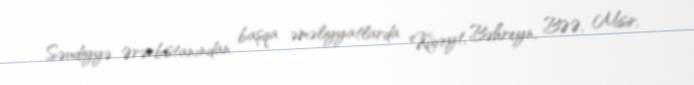
Səudiyyə Ərərbistanından başqa əməliyyatlarda Küveyt, Bəhreyn, BƏƏ, Misir,